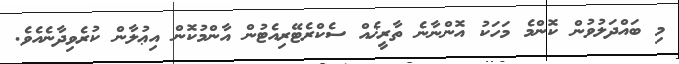
މި ބައްދަލުވުން ކޮންމެ މަހަކު އޮންނާނެ ތާރީޚެއް ސެކްރެޓޭރިއެޓުން އާންމުކޮން އިޢުލާން ކުރެވިދާނެއެވެ.